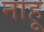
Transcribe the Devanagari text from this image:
नाहू